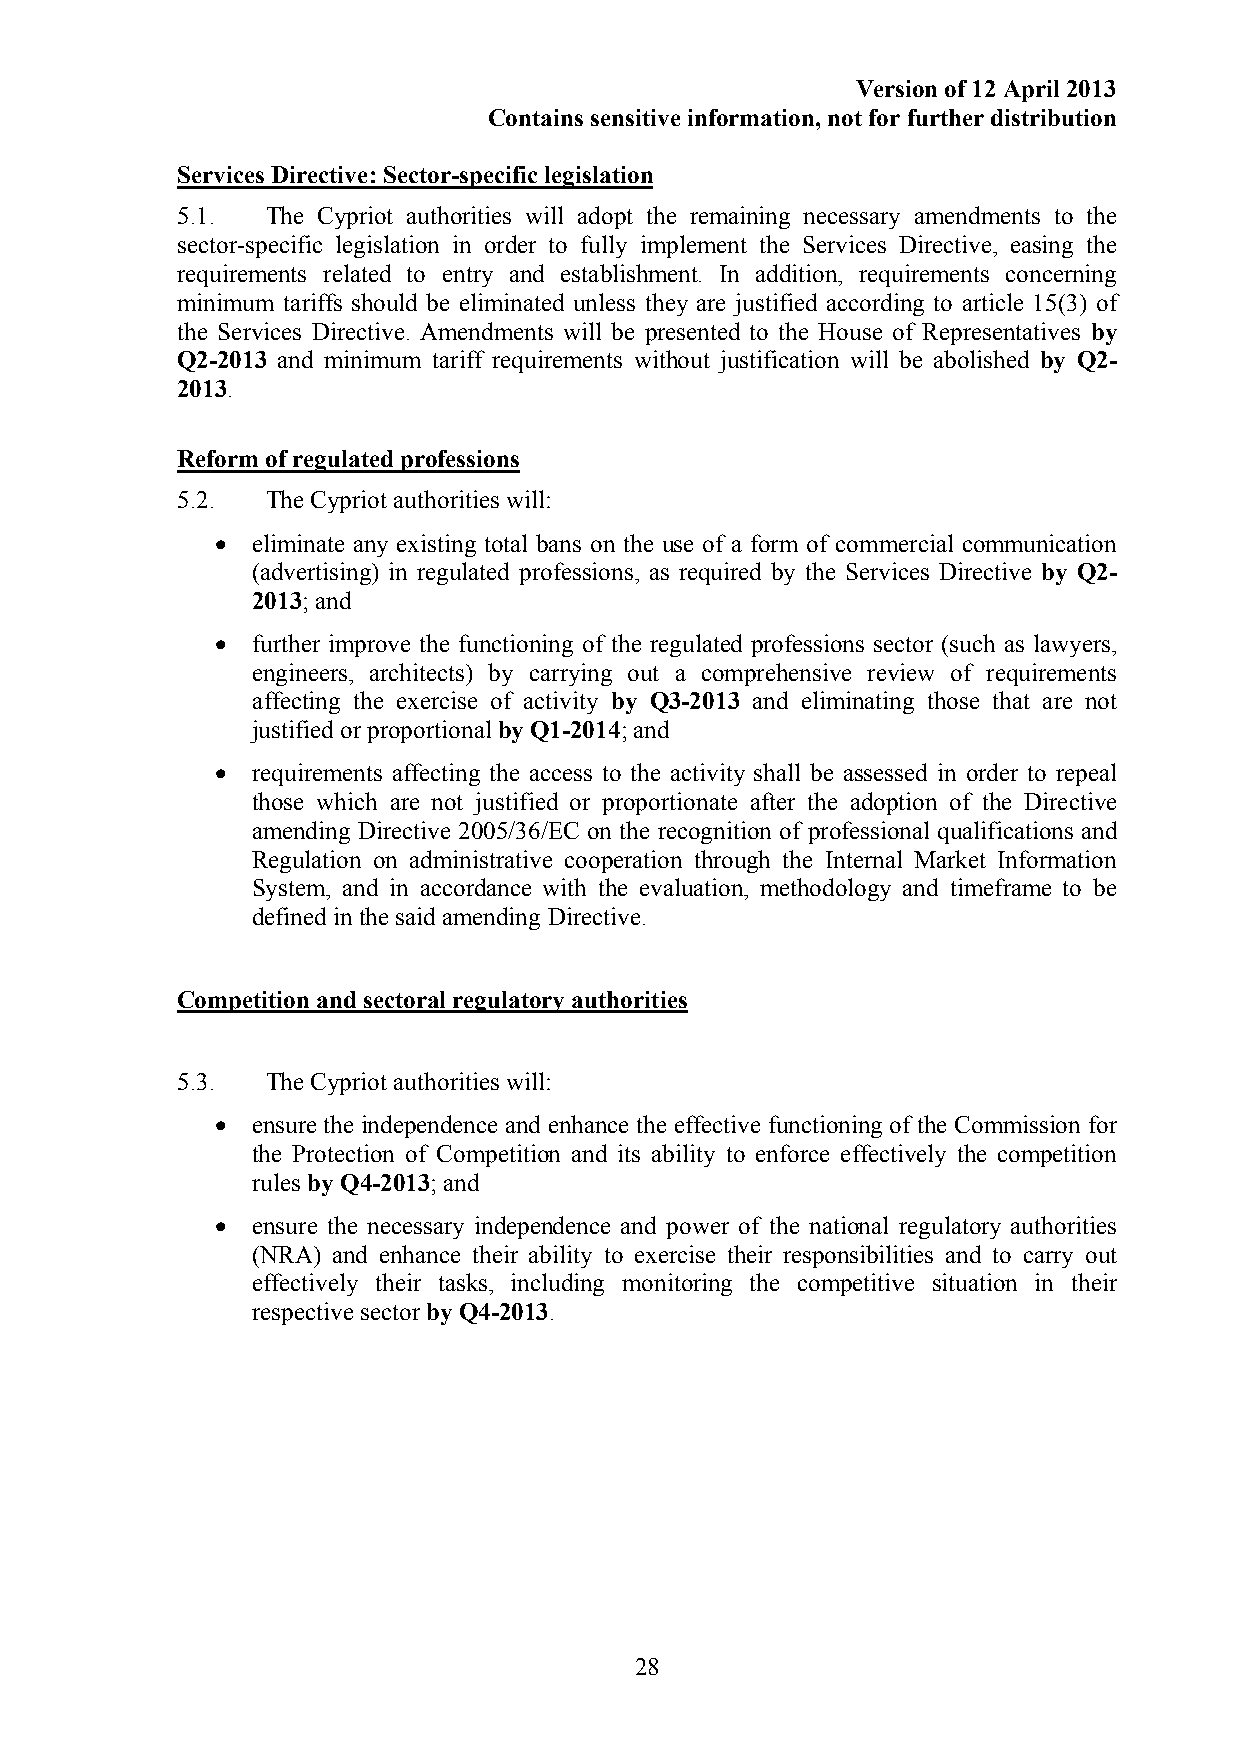
Version of 12 April 2013
 Contains sensitive information, not for further distribution
 Services Directive: Sector-specific legislation
 5.1.  The Cypriot authorities will adopt the remaining necessary amendments to the
 sector-specific legislation in order to fully implement the Services Directive, easing the
 requirements related to entry and establishment. In addition, requirements concerning
 minimum tariffs should be eliminated unless they are justified according to article 15(3) of
 the Services Directive. Amendments will be presented to the House of Representatives by
 Q2-2013 and minimum tariff requirements without justification will be abolished by Q2-
 2013.
 Reform of regulated professions
 5.2.  The Cypriot authorities will:
 •  eliminate any existing total bans on the use of a form of commercial communication
 (advertising) in regulated professions, as required by the Services Directive by Q2-
 2013; and
 •  further improve the functioning of the regulated professions sector (such as lawyers,
 engineers, architects) by carrying out a comprehensive review of requirements
 affecting the exercise of activity by Q3-2013 and eliminating those that are not
 justified or proportional by Q1-2014; and
 •  requirements affecting the access to the activity shall be assessed in order to repeal
 those which are not justified or proportionate after the adoption of the Directive
 amending Directive 2005/36/EC on the recognition of professional qualifications and
 Regulation on administrative cooperation through the Internal Market Information
 System, and in accordance with the evaluation, methodology and timeframe to be
 defined in the said amending Directive.
 Competition and sectoral regulatory authorities
 5.3.  The Cypriot authorities will:
 •  ensure the independence and enhance the effective functioning of the Commission for
 the Protection of Competition and its ability to enforce effectively the competition
 rules by Q4-2013; and
 •  ensure the necessary independence and power of the national regulatory authorities
 (NRA) and enhance their ability to exercise their responsibilities and to carry out
 effectively their tasks, including monitoring the competitive situation in their
 respective sector by Q4-2013.
 28